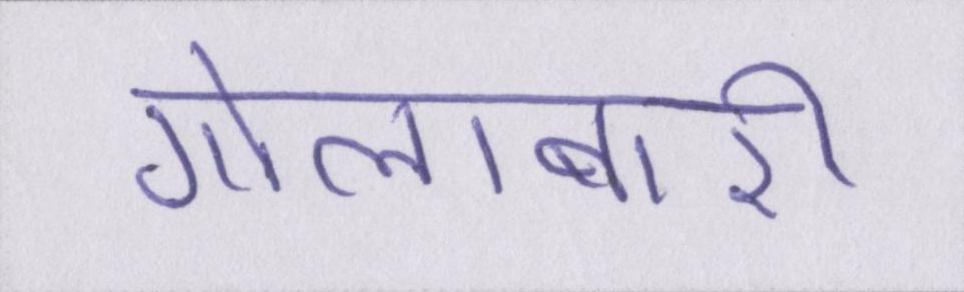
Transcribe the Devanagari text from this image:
गोलाबारी